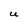
Character: U